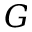
G